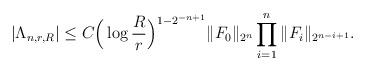
LaTeX: \begin{align*} |\Lambda_{n,r,R} | \leq C\Big(\log \frac{R}{r} \Big)^{1-2^{-n+1}} \|F_0\|_{{2^n}} \prod_{i=1}^n\|F_i\|_{{2^{n-i+1}}} .\end{align*}